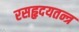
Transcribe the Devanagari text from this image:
रसहृदयतन्त्र